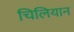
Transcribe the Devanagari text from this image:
चिलियान